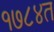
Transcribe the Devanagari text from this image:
१७८४त